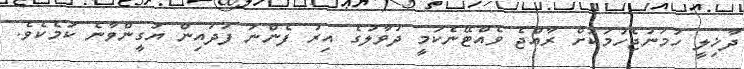
ދާޚިލީ ހަމަނުޖެހުމަކަށް ރާއްޖެ ވެއްޓޭނެކަމީ ދުވާލުގެ އިރު ފެންނަ ފަދައިން ޔަގީންވާނެ ކަމެކެވެ.